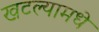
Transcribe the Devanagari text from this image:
खटल्यामधे